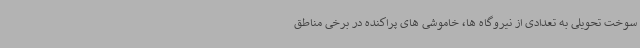
سوخت تحویلی به تعدادی از نیروگاه ها، خاموشی های پراکنده در برخی مناطق